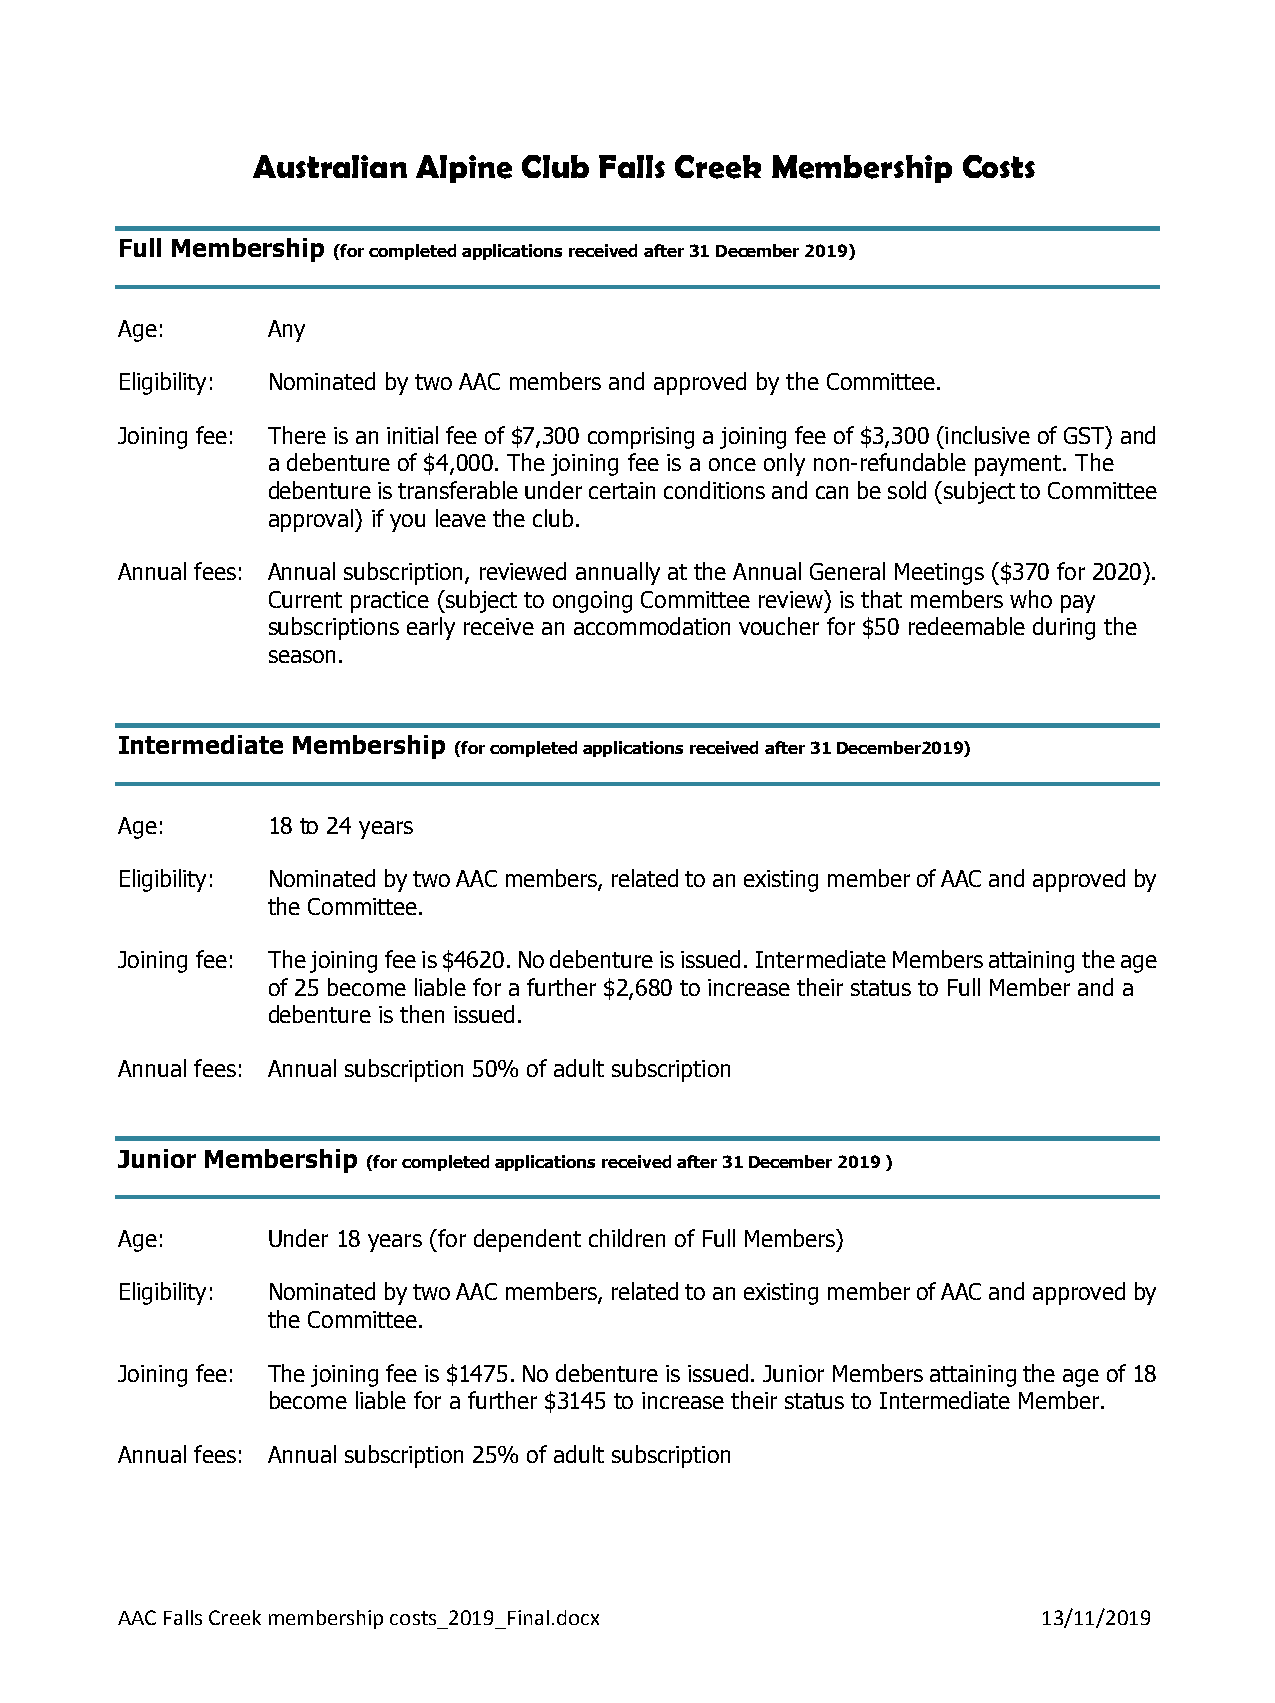
Australian Alpine Club Falls Creek Membership  Costs
 Full Membership
 (for completed applications received after 31 December 2019)
 Age:      Any
 Eligibility: Nominated by two AAC members and approved by the Committee.
 Joining fee: There is an initial fee of $7,300 comprising a joining fee of $3,300 (inclusive of GST) and
 a debenture of $4,000. The joining fee is a once only non-refundable payment. The
 debenture is transferable under certain conditions and can be sold (subject to Committee
 approval) if you leave the club.
 Annual fees: Annual subscription, reviewed annually at the Annual General Meetings ($370 for 2020).
 Current practice (subject to ongoing Committee review) is that members who pay
 subscriptions early receive an accommodation voucher for $50 redeemable during the
 season.
 Intermediate Membership
 (for completed applications received after 31 December2019)
 Age:      18 to 24 years
 Eligibility: Nominated by two AAC members, related to an existing member of AAC and approved by
 the Committee.
 Joining fee: The joining fee is $4620. No debenture is issued. Intermediate Members attaining the age
 of 25 become liable for a further $2,680 to increase their status to Full Member and a
 debenture is then issued.
 Annual fees: Annual subscription 50% of adult subscription
 Junior Membership
 (for completed applications received after 31 December 2019 )
 Age:      Under 18 years (for dependent children of Full Members)
 Eligibility: Nominated by two AAC members, related to an existing member of AAC and approved by
 the Committee.
 Joining fee: The joining fee is $1475. No debenture is issued. Junior Members attaining the age of 18
 become liable for a further $3145 to increase their status to Intermediate Member.
 Annual fees: Annual subscription 25% of adult subscription
 AAC Falls Creek membership costs_2019_Final.docx             13/11/2019